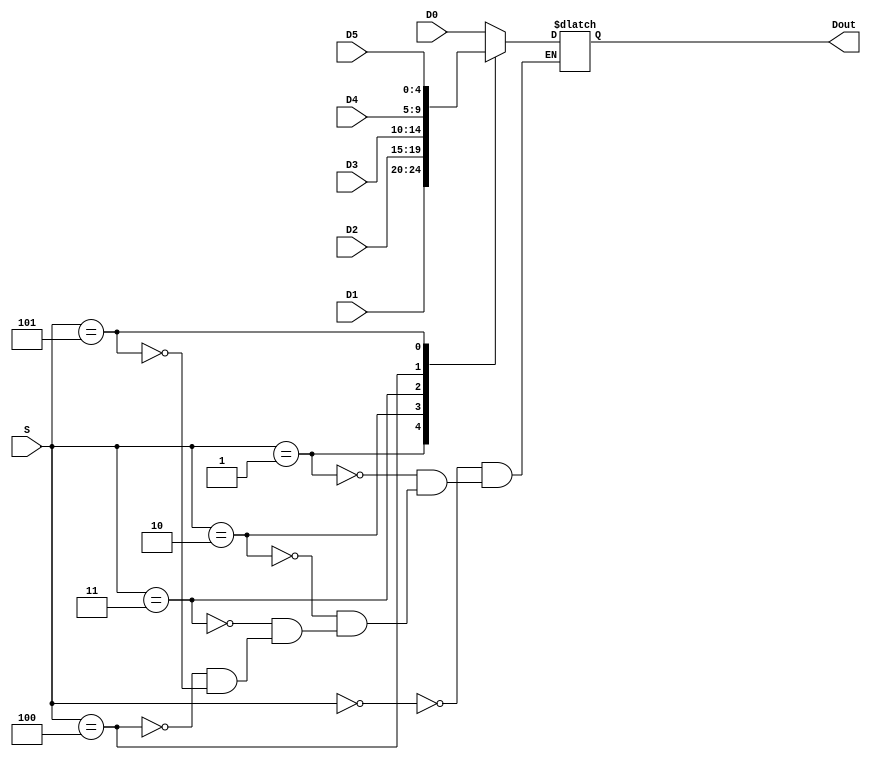
`timescale 1ns / 1ps
//////////////////////////////////////////////////////////////////////////////////
// Company: 
// Engineer: 
// 
// Design Name: 
// Module Name:    MUX8T1_5 
// Project Name: 
// Target Devices: 
// Tool versions: 
// Description: 
//
// Dependencies: 
//
// Revision: 
// Revision 0.01 - File Created
// Additional Comments: 
//
//////////////////////////////////////////////////////////////////////////////////
module MUX8T1_5( 	input [2:0]S,
						input [4:0]D0,
						input [4:0]D1,
						input [4:0]D2,
						input [4:0]D3,
						input [4:0]D4,
						input [4:0]D5,
						output reg [4:0]Dout
    );

	always @ * begin
		case(S)
			3'd0: Dout <= D0;
			3'd1: Dout <= D1;
			3'd2: Dout <= D2;
			3'd3: Dout <= D3;
			3'd4: Dout <= D4;
			3'd5: Dout <= D5;
			default: ;
		endcase
	end
endmodule